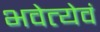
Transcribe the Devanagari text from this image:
भवेत्येवं